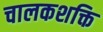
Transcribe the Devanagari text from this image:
चालकशक्ति